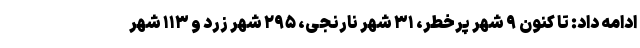
ادامه داد: تا کنون ۹ شهر پرخطر، ۳۱ شهر نارنجی، ۲۹۵ شهر زرد و ۱۱۳ شهر